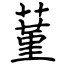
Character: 蓳